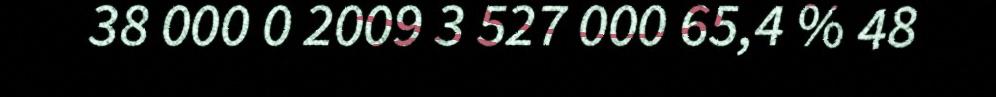
38 000 0 2009 3 527 000 65,4 % 48